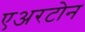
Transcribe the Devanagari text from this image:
एअरटोन